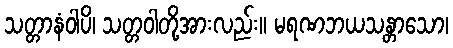
သတ္တာနံဝါပိ၊ သတ္တဝါတို့အားလည်း။ မရဏဘယသန္တာသော၊